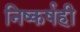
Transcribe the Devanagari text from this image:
निष्कर्षही